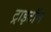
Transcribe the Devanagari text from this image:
ट्राइटॉन